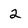
Character: 2